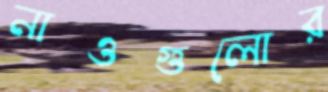
নাওগুলোর